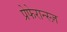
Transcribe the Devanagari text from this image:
प्रेफेरान्स्ज़